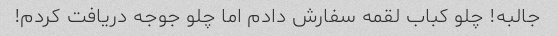
جالبه! چلو کباب لقمه سفارش دادم اما چلو جوجه دریافت کردم!